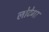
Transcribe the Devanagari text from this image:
लोटेगा